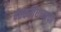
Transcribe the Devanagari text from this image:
दत्तकविधानाचा